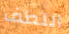
اللطف